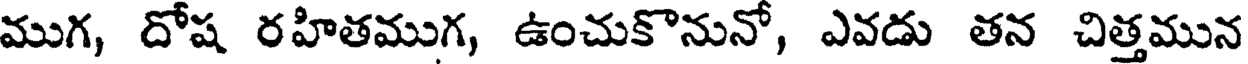
ముగ, దోష రహితముగ, ఉంచుకొనునో, ఎవడు తన చిత్తమున